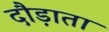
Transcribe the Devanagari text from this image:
दौड़ाता